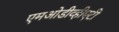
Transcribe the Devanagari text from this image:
एमओडीव्हीएटी